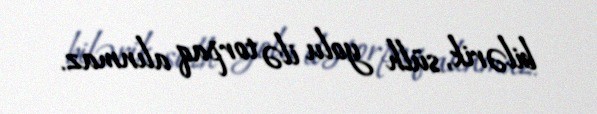
bilərik, sülh yolu ilə torpaq alınmaz.